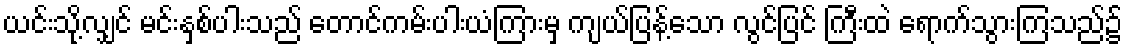
ယင်းသို့လျှင် မင်းနှစ်ပါးသည် တောင်ကမ်းပါးယံကြားမှ ကျယ်ပြန့်သော လွင်ပြင် ကြီးထဲ ရောက်သွားကြသည်၌